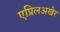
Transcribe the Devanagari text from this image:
एप्रिलअखेर